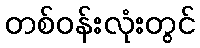
တစ်ဝန်းလုံးတွင်